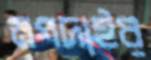
মগদাইর